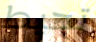
تحيط